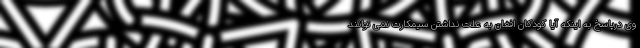
وی درپاسخ به اینکه آیا کودکان افغان به علت نداشتن سیمکارت نمی توانند